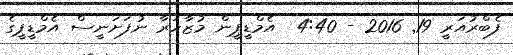
ފެބްރުއަރީ 19